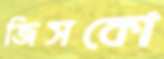
জিসকো